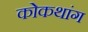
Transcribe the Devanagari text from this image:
कोकथांग